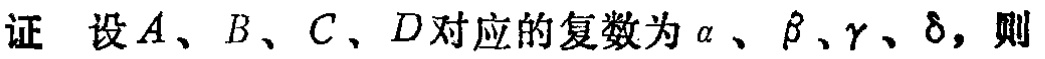
证 设$A$、$B$、$C$、$D$对应的复数为$\alpha$、$\beta$、$\gamma$、$\delta$，则